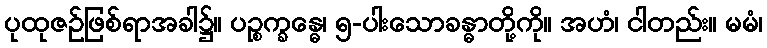
ပုထုဇဉ်ဖြစ်ရာအခါ၌။ ပဉ္စက္ခန္ဓေ၊ ၅-ပါးသောခန္ဓာတို့ကို။ အဟံ၊ ငါတည်း။ မမံ၊